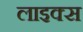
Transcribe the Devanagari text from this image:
लाइक्स